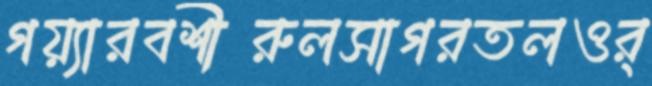
গয়্যারবশীরুলসাগরতলওর্